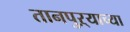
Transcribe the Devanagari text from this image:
तानपुऱ्याच्या